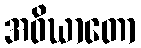
အဝိဃာတော